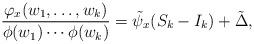
LaTeX: \begin{align*}&\frac{\varphi_x(w_1,\dots,w_k)}{\phi(w_1)\cdots\phi(w_k)} = \tilde{\psi}_x(S_k-I_k) + \tilde{\Delta},\end{align*}